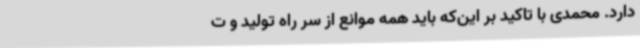
دارد. محمدی با تاکید بر این‌که باید همه موانع از سر راه تولید و ت